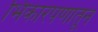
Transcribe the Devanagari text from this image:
भिकारपणातून